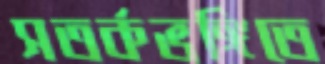
সতর্কভঙ্গিতে